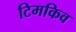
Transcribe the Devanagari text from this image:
टिमकिव